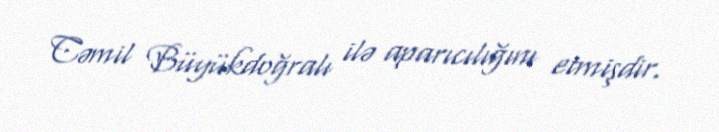
Cəmil Büyükdoğralı ilə aparıcılığını etmişdir.